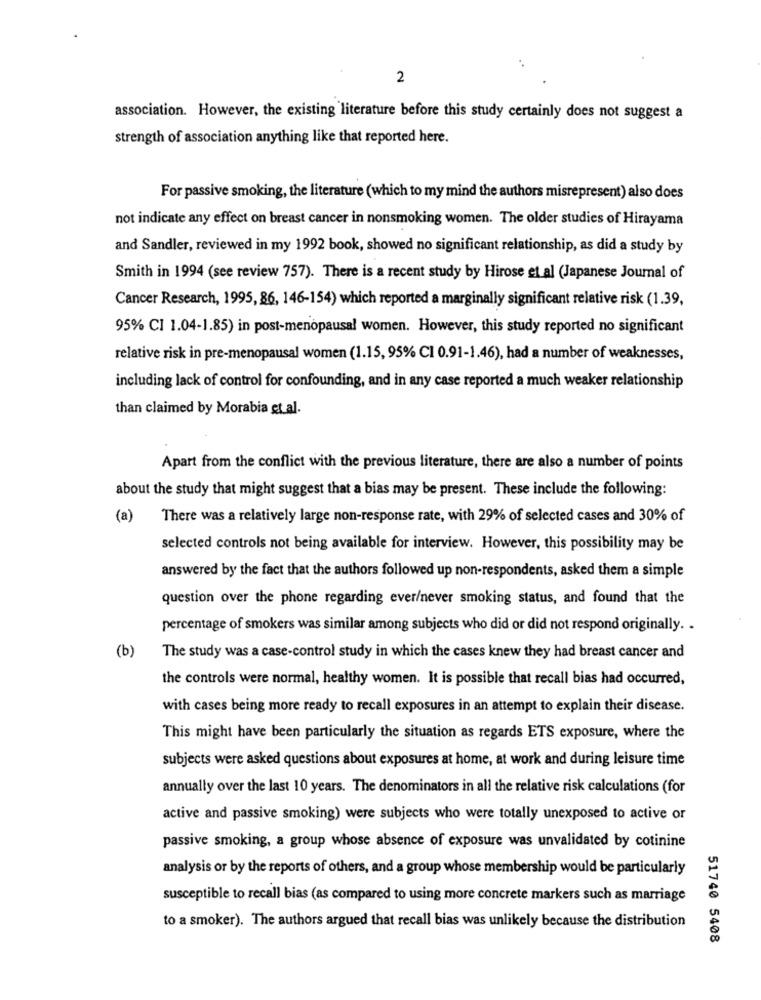
..
2
association. However, the existing literature before this study certainly does not suggest a
strength of association anything like that reported here.
For passive smoking, the literature (which to my mind the authors misrepresent) also does
not indicate any effect on breast cancer in nonsmoking women. The older studies of Hirayama
and Sandler, reviewed in my 1992 book, showed no significant relationship, as did a study by
Smith in 1994 (see review 757). There is a recent study by Hirose et al (Japanese Journal of
Cancer Research, 1995, 86, 146-154) which reported a marginally significant relative risk (1.39,
95% CI 1.04-1.85) in post-menopausal women. However, this study reported no significant
relative risk in pre-menopausal women (1.15, 95% CI 0.91-1.46), had a number of weaknesses,
including lack of control for confounding, and in any case reported a much weaker relationship
than claimed by Morabia et al.
Apart from the conflict with the previous literature, there are also a number of points
about the study that might suggest that a bias may be present. These include the following:
(a)
There was a relatively large non-response rate, with 29% of selected cases and 30% of
selected controls not being available for interview. However, this possibility may be
answered by the fact that the authors followed up non-respondents, asked them a simple
question over the phone regarding ever/never smoking status, and found that the
percentage of smokers was similar among subjects who did or did not respond originally. .
(b)
The study was a case-control study in which the cases knew they had breast cancer and
the controls were normal, healthy women. It is possible that recall bias had occurred,
with cases being more ready to recall exposures in an attempt to explain their disease.
This might have been particularly the situation as regards ETS exposure, where the
subjects were asked questions about exposures at home, at work and during leisure time
annually over the last 10 years. The denominators in all the relative risk calculations (for
active and passive smoking) were subjects who were totally unexposed to active or
passive smoking, a group whose absence of exposure was unvalidated by cotinine
analysis or by the reports of others, and a group whose membership would be particularly
susceptible to recall bias (as compared to using more concrete markers such as marriage
to a smoker). The authors argued that recall bias was unlikely because the distribution
51740 5408